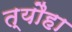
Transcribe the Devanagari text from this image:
त्यौहा